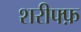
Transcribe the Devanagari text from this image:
शरीफ्फ़